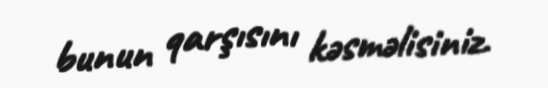
bunun qarşısını kəsməlisiniz.